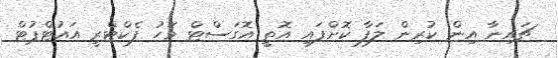
ޗައިނާ އިން ކުރިން ލަފާ ކޮށްފައި އޮތީ އޮގަސްޓް މަހު ފެކްޓްރީ އައުޓްޕުޓް